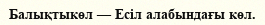
Балықтыкөл — Есіл алабындағы көл.